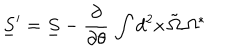
\underline { { S } } ^ { \prime } = \underline { { S } } - { \frac { \partial } { \partial \theta } } \, \int d ^ { 2 } x \, \tilde { \Omega } \, \Omega ^ { \ast }